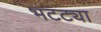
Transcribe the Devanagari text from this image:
भटट्या